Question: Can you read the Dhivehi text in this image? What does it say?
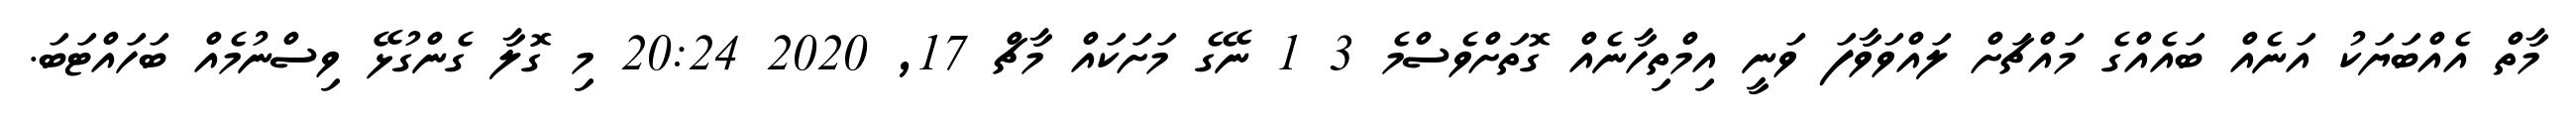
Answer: މާތް އެއްބަޔަކު އަނެއް ބައެއްގެ މައްޗަށް ލައްވަވާފަ ވަނީ އިމްތިހާނެއް ގޮތަށްވެސްމެ 3 1 ނޭގެ މަށަކައް މާޗް 17, 2020 20:24 މި ގޮލާ ގެންގުޅޭ ވިސްނުމެއް ބަހައްޓަބަ.